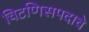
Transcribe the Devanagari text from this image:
चिटणिसपदाचे